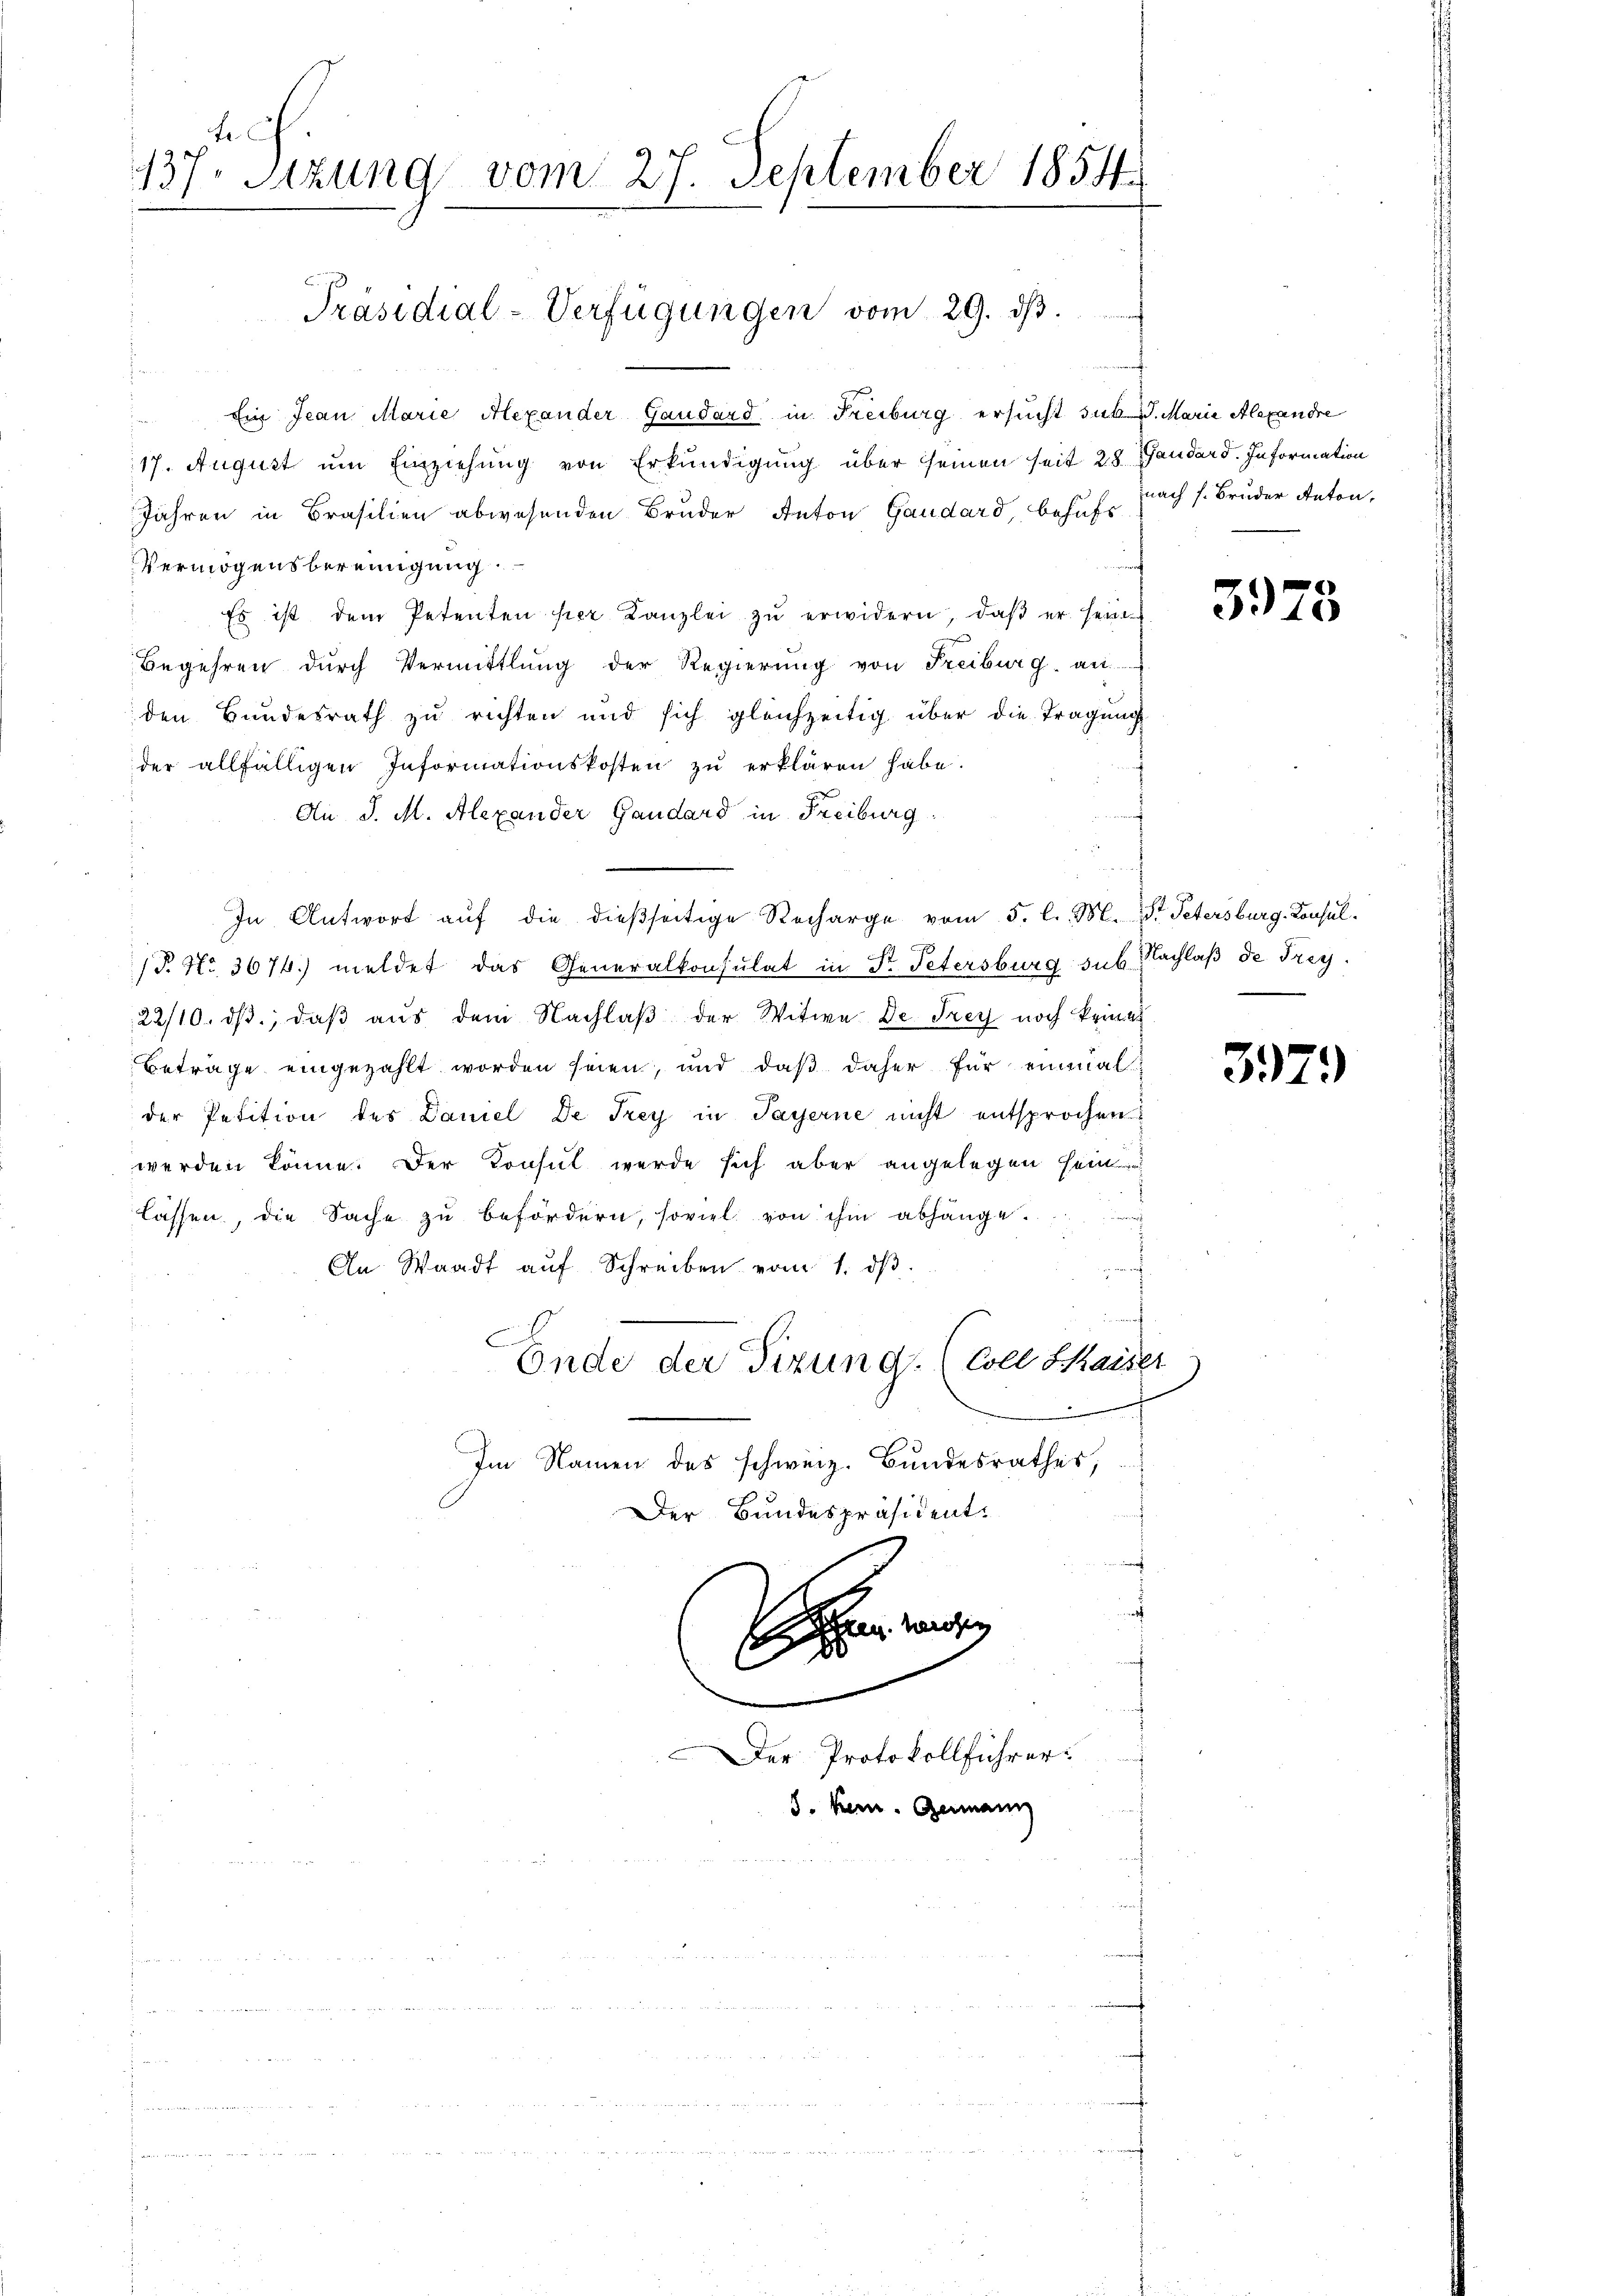
te
137. Sitzung vom 27. September 1854.

Präsidial-Verfügungen vom 29. dβ.

E
Ein Jean Marie Alexander Gaudard in Freiburg ersucht sub 1. Marie Alexandre
17. August um Einziehung von Erkundigung über seinen seit 28. Handard. Information
Jahren in Brasilien abwesenden Bruder Anton Gaudard, behufe nach s. Bruder Anton,
Vermögensbereinigung
Es ist dem Petenten per Kanzlei zŭ erwidern, daβ er sein
Begehren durch Vermittlung der Regierŭng von Freiburg an
den Bundesrath zu richten und sich gleichzeitig über die Tragung
der allfälligen Informationskosten zŭ erklären habe.
An J. M. Alexander Gaudard in Freiburg
In Antwort auf die dießseitige Recharge vom 5. l. M. D. Petersburg. Konsul¬
P. Nr. 3674) meldet das Generalkonsulat in Dr. Petersburg sub Nachlaß de Frey¬
22/10. ds., daβ aŭs dem Nachlaβ der Witwe Dr. Frey noch keines
Betrage eingezahlt worden seien, und daß daher für einmal
der Petition des Daniel De Frey in Payerne nicht entsprochen
werden könne. Der Konsul werde sich aber angelegen sein
lassen, die Sache zu befördern, soviel von ihm abhänge.
An Waadt aŭf Schreiben vom 1. dβ.
f
Ende der Sitzung. (Coll Shaiser
Im Namen des schweiz. Bundesrathes,
Der Bundespräsident.
f

e
Ihrer ang
Der Protokollführer:
8. Bern. Germann

3978

3979